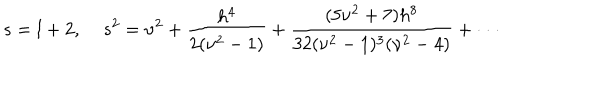
s = l + 2 , \; s ^ { 2 } = \nu ^ { 2 } + \frac { h ^ { 4 } } { 2 ( \nu ^ { 2 } - 1 ) } + \frac { ( 5 \nu ^ { 2 } + 7 ) h ^ { 8 } } { 3 2 ( \nu ^ { 2 } - 1 ) ^ { 3 } ( \nu ^ { 2 } - 4 ) } + \cdot \cdot \cdot